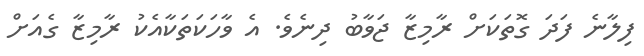
ފިލާނެ ފަދަ ގޮތަކަށް ރާމިޒާ ޖަވާބު ދިނެވެ. އެ ވާހަކަތަކާއެކު ރާމިޒާ ގެއަށް